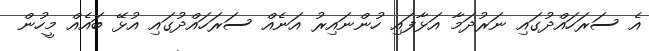
އެ ސަރަހައްދުގައި ނަރުދަމާ އަޅާފައި ހުންނައިރު އަނެއް ސަރަހައްދުގައި އުޅޭ ބައެއް މީހުން